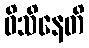
ဝိသိနေတိ